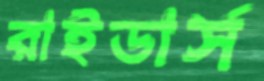
রাইডার্স